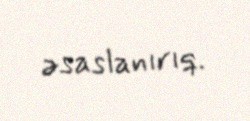
əsaslanırıq.